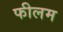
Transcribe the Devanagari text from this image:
फीलम